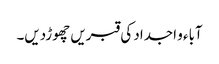
آباء و اجداد کی قبریں چھوڑدیں۔